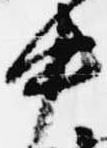
中